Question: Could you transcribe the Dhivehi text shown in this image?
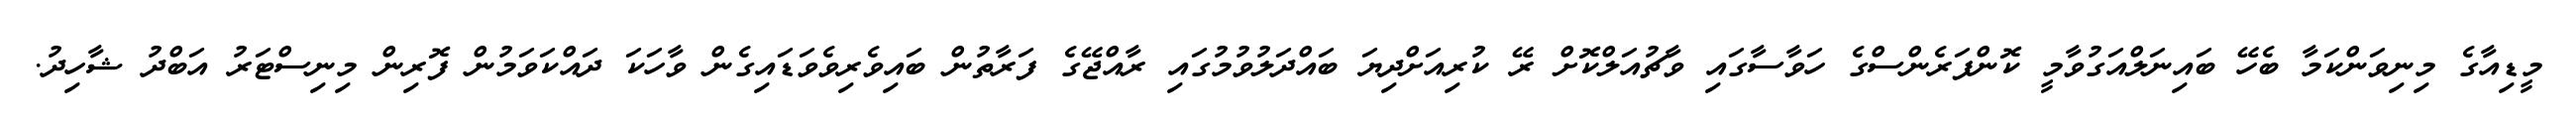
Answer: މީޑިއާގެ މިނިވަންކަމާ ބެހޭ ބައިނަލްއަގުވާމީ ކޮންފަރެންސްގެ ހަވާސާގައި ވާޗުއަލްކޮށް ރޭ ކުރިއަށްދިޔަ ބައްދަލުވުމުގައި ރާއްޖޭގެ ފަރާތުން ބައިވެރިވެވަޑައިގެން ވާހަކަ ދައްކަވަމުން ފޮރިން މިނިސްޓަރު އަބްދު ޝާހިދު.